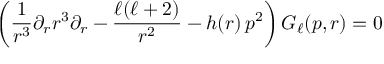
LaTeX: \left( \frac { 1 } { r ^ { 3 } } \partial _ { r } r ^ { 3 } \partial _ { r } - \frac { \ell ( \ell + 2 ) } { r ^ { 2 } } - h ( r ) \, p ^ { 2 } \right) G _ { \ell } ( p , r ) = 0